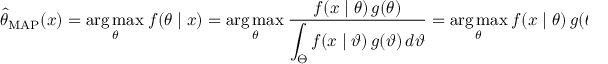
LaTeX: { \hat { \theta } } _ { \mathrm { M A P } } ( x ) = { \underset { \theta } { \operatorname { a r g \, m a x } } } \ f ( \theta \mid x ) = { \underset { \theta } { \operatorname { a r g \, m a x } } } \ { \frac { f ( x \mid \theta ) \, g ( \theta ) } { \displaystyle \int _ { \Theta } f ( x \mid \vartheta ) \, g ( \vartheta ) \, d \vartheta } } = { \underset { \theta } { \operatorname { a r g \, m a x } } } \ f ( x \mid \theta ) \, g ( \theta ) .